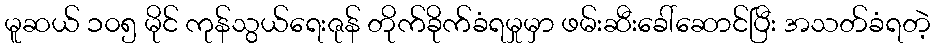
မူဆယ် ၁၀၅ မိုင် ကုန်သွယ်ရေးဇုန် တိုက်ခိုက်ခံရမှုမှာ ဖမ်းဆီးခေါ်ဆောင်ပြီး အသတ်ခံရတဲ့